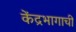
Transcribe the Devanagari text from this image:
केंद्रभागाची